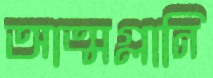
আত্মগ্লানি